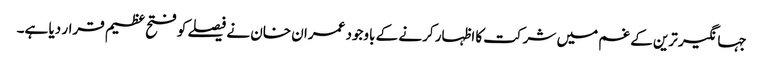
جہانگیر ترین کے غم میں شرکت کا اظہار کرنے کے باوجود عمران خان نے فیصلے کو فتح عظیم قرار دیا ہے۔